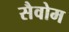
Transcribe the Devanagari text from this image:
सैवोम